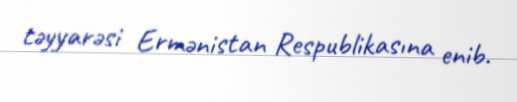
təyyarəsi Ermənistan Respublikasına enib.